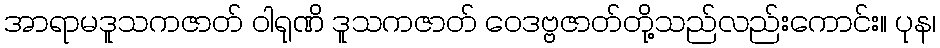
အာရာမဒူသကဇာတ် ဝါရုဏိ ဒူသကဇာတ် ဝေဒဗ္ဗဇာတ်တို့သည်လည်းကောင်း။ ပုန၊